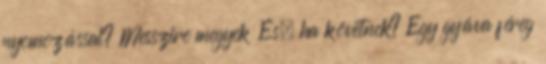
nyomozással? Messzire megyek És, ha követnek? Egy gyáva féreg